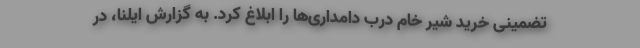
تضمینی خرید شیر خام درب دامداری‌ها را ابلاغ کرد. به گزارش ایلنا، در